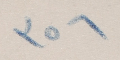
٣٥٦